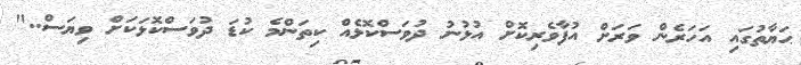
ޙަޔާތުގައި އަހަރެން ވަރަށް އުފާވެރިކޮށް އުޅުނު ދުވަސްކޮޅެއް ކިތަންމެ ކުޑަ ދުވަސްކޮޅަކަށް ވިޔަސް.."